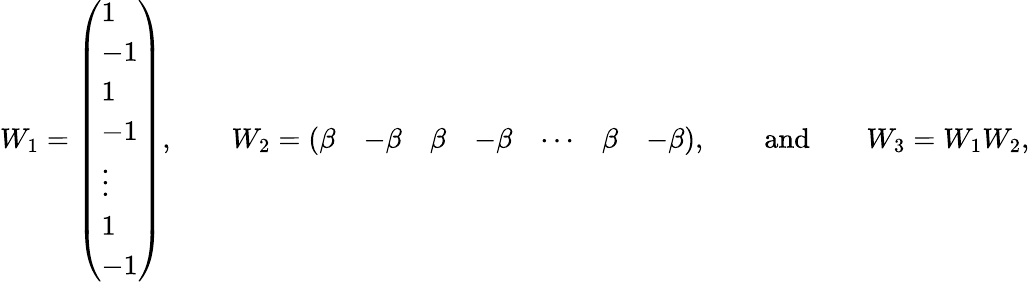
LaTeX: \begin{array}{r}{W_{1}=\left(\begin{array}{l}{1}\\ {-1}\\ {1}\\ {-1}\\ {\vdots}\\ {1}\\ {-1}\end{array}\right),\qquad W_{2}=\left(\begin{array}{lllllll}{\beta}&{-\beta}&{\beta}&{-\beta}&{\cdots}&{\beta}&{-\beta}\end{array}\right),\qquad\mathrm{and}\qquad W_{3}=W_{1}W_{2},}\end{array}